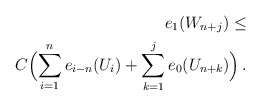
\begin{align*} e_1(W_{n+j}) \le \\ C\Big(\displaystyle{\sum_{i=1}^n e_{i-n}(U_i)} + \sum_{k=1}^j e_0(U_{n+k}) \Big) \,. \end{align*}